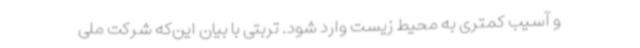
و آسیب کمتری به محیط زیست وارد شود. تربتی با بیان این‌که شرکت ملی